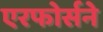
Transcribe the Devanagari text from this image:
एरफोर्सने